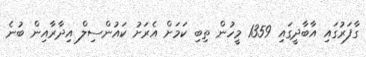
ގާފަރުގައި އާބާދީގައި 1359 މީހުން ތިބި ކަމަށް އެރަށު ކައުންސިލް އިދާރާއިން ބުނެ